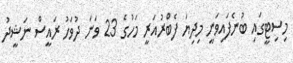
މިސިޓީގައި ބުނެފައިވަނީ މިދިޔަ ފެބްރުއަރީ މަހުގެ 23 ވަނަ ދުވަހު ރައީސް ނަޝީދު